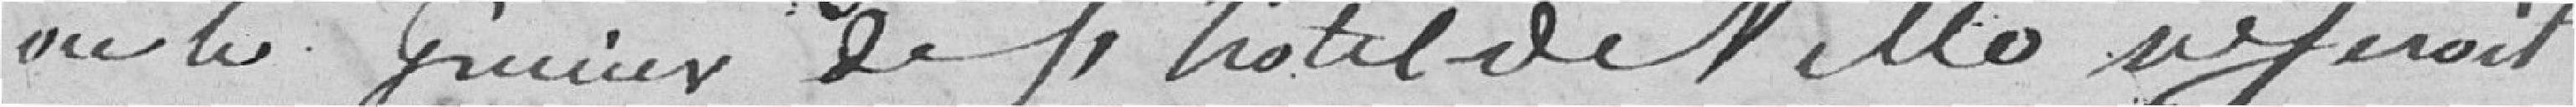
où le grenier de l'hôtel de Ville ne serait